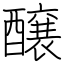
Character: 醸